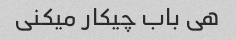
هی باب چیکار میکنی